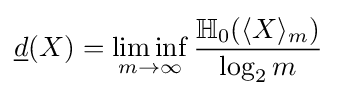
{\underline {d}}(X)=\liminf _{m\rightarrow \infty }{\frac {\mathbb {H} _{0}(\langle X\rangle _{m})}{\log _{2}m}}